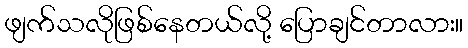
ဖျက်သလိုဖြစ်နေတယ်လို့ ပြောချင်တာလား။